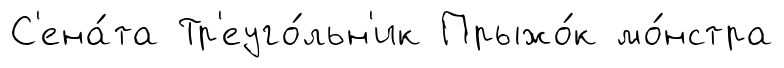
С'ена́та Тр'еуго́льн'ик Прыжо́к мо́нстра